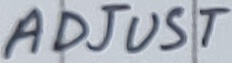
Text: ADJUST